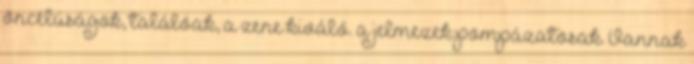
öncélúságok, találóak, a zene kiváló. a jelmezek pompázatosak. Vannak